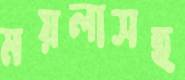
ময়লাসহ